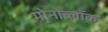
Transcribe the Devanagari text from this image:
मोनोब्लॉक